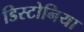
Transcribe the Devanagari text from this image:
डिस्टोनिया